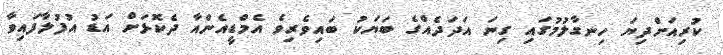
ކުރިއަށްދިޔަ ހިނގާލުމުގައި ގިނަ އަދަދެއްގެ ބަޔަކު ބައިވެރިވެ އެމްޑީއެންއާ ދެކޮޅަށް އަޑު އުފުލާފައިވާ